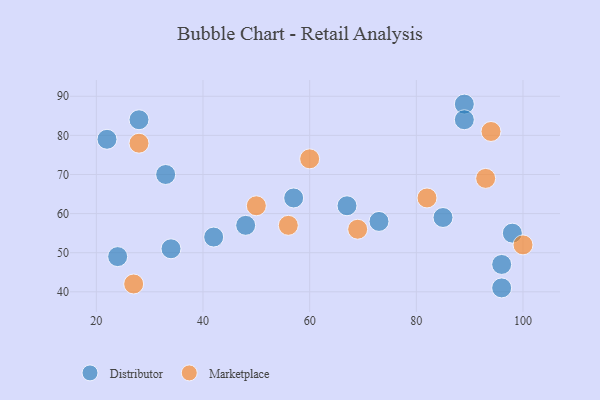
{"axis": {"x": "GDP", "y": "Life Expectancy"}, "legend": ["Distributor", "Marketplace"], "data": [{"x": "85", "y": 59, "type": "Distributor"}, {"x": "34", "y": 51, "type": "Distributor"}, {"x": "22", "y": 79, "type": "Distributor"}, {"x": "96", "y": 47, "type": "Distributor"}, {"x": "48", "y": 57, "type": "Distributor"}, {"x": "89", "y": 88, "type": "Distributor"}, {"x": "89", "y": 84, "type": "Distributor"}, {"x": "28", "y": 84, "type": "Distributor"}, {"x": "24", "y": 49, "type": "Distributor"}, {"x": "57", "y": 64, "type": "Distributor"}, {"x": "67", "y": 62, "type": "Distributor"}, {"x": "96", "y": 41, "type": "Distributor"}, {"x": "42", "y": 54, "type": "Distributor"}, {"x": "73", "y": 58, "type": "Distributor"}, {"x": "33", "y": 70, "type": "Distributor"}, {"x": "98", "y": 55, "type": "Distributor"}, {"x": "82", "y": 64, "type": "Marketplace"}, {"x": "60", "y": 74, "type": "Marketplace"}, {"x": "27", "y": 42, "type": "Marketplace"}, {"x": "28", "y": 78, "type": "Marketplace"}, {"x": "100", "y": 52, "type": "Marketplace"}, {"x": "94", "y": 81, "type": "Marketplace"}, {"x": "50", "y": 62, "type": "Marketplace"}, {"x": "69", "y": 56, "type": "Marketplace"}, {"x": "93", "y": 69, "type": "Marketplace"}, {"x": "56", "y": 57, "type": "Marketplace"}]}